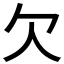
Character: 欠